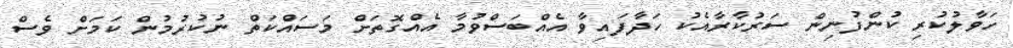
ހަވާލުކުރި ކުންފުނިން ސަރުކާރާއެކު ހަދާފައިވާ އެއްބަސްވުމާ އެއްގޮތަށް މަސައްކަތް ނުކުރުމުން ކަމަށް ވެސް